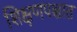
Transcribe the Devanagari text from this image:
शिक्षणपश्चात